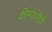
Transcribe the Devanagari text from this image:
कीमोथेरैपी